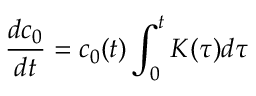
\frac { d c _ { 0 } } { d t } = c _ { 0 } ( t ) \int _ { 0 } ^ { t } K ( \tau ) d \tau